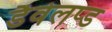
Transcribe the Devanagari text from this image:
डैवेलप्ड